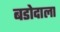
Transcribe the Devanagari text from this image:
बडोदाला